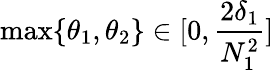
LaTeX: \operatorname*{max}\{ \theta_{1},\theta_{2}\} \in[0,\frac{2\delta_{1}}{N_{1}^{2}}]